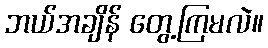
ဘယ်အချိန် တွေ့ကြမလဲ။